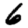
Digit: 6